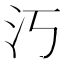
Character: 汅